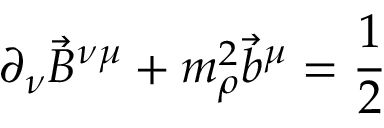
\partial _ { \nu } { \vec { B } } ^ { \nu \mu } + m _ { \rho } ^ { 2 } { \vec { b } } ^ { \mu } = \frac { 1 } { 2 }